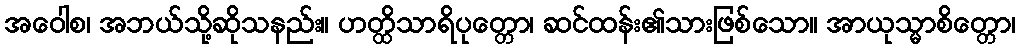
အဝေါစ၊ အဘယ်သို့ဆိုသနည်း။ ဟတ္ထိသာရိပုတ္တော၊ ဆင်ထန်း၏သားဖြစ်သော။ အာယုသ္မာစိတ္တော၊